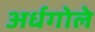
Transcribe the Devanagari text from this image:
अर्धगोले